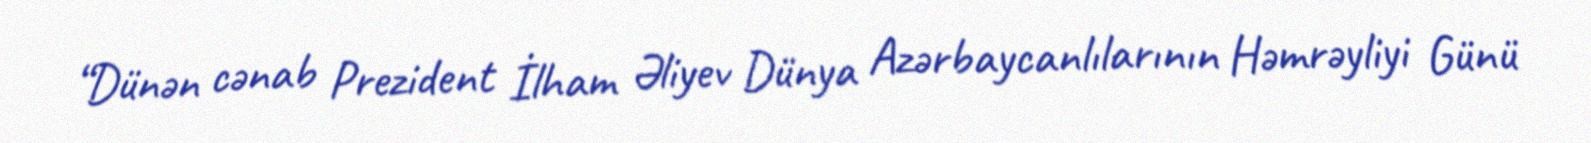
“Dünən cənab Prezident İlham Əliyev Dünya Azərbaycanlılarının Həmrəyliyi Günü